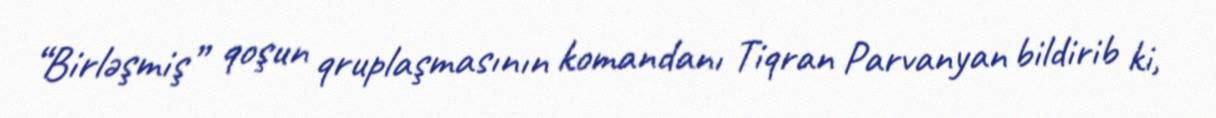
“Birləşmiş” qoşun qruplaşmasının komandanı Tiqran Parvanyan bildirib ki,